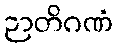
ဉာတိဂဏံ